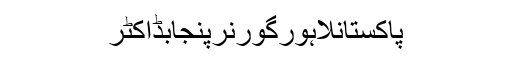
پاکستانلاہورگورنرپنجابڈاکٹر